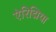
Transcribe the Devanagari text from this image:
ऐरिद्मिया